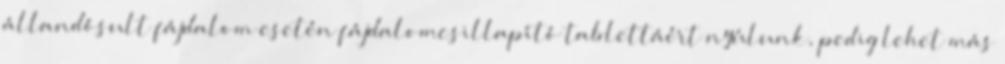
állandósult fájdalom esetén fájdalomcsillapító tablettáért nyúlunk, pedig lehet más